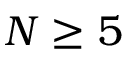
N \ge 5